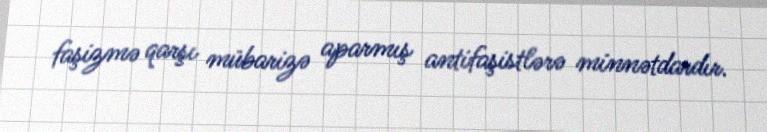
faşizmə qarşı mübarizə aparmış antifaşistlərə minnətdardır.